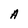
Character: A